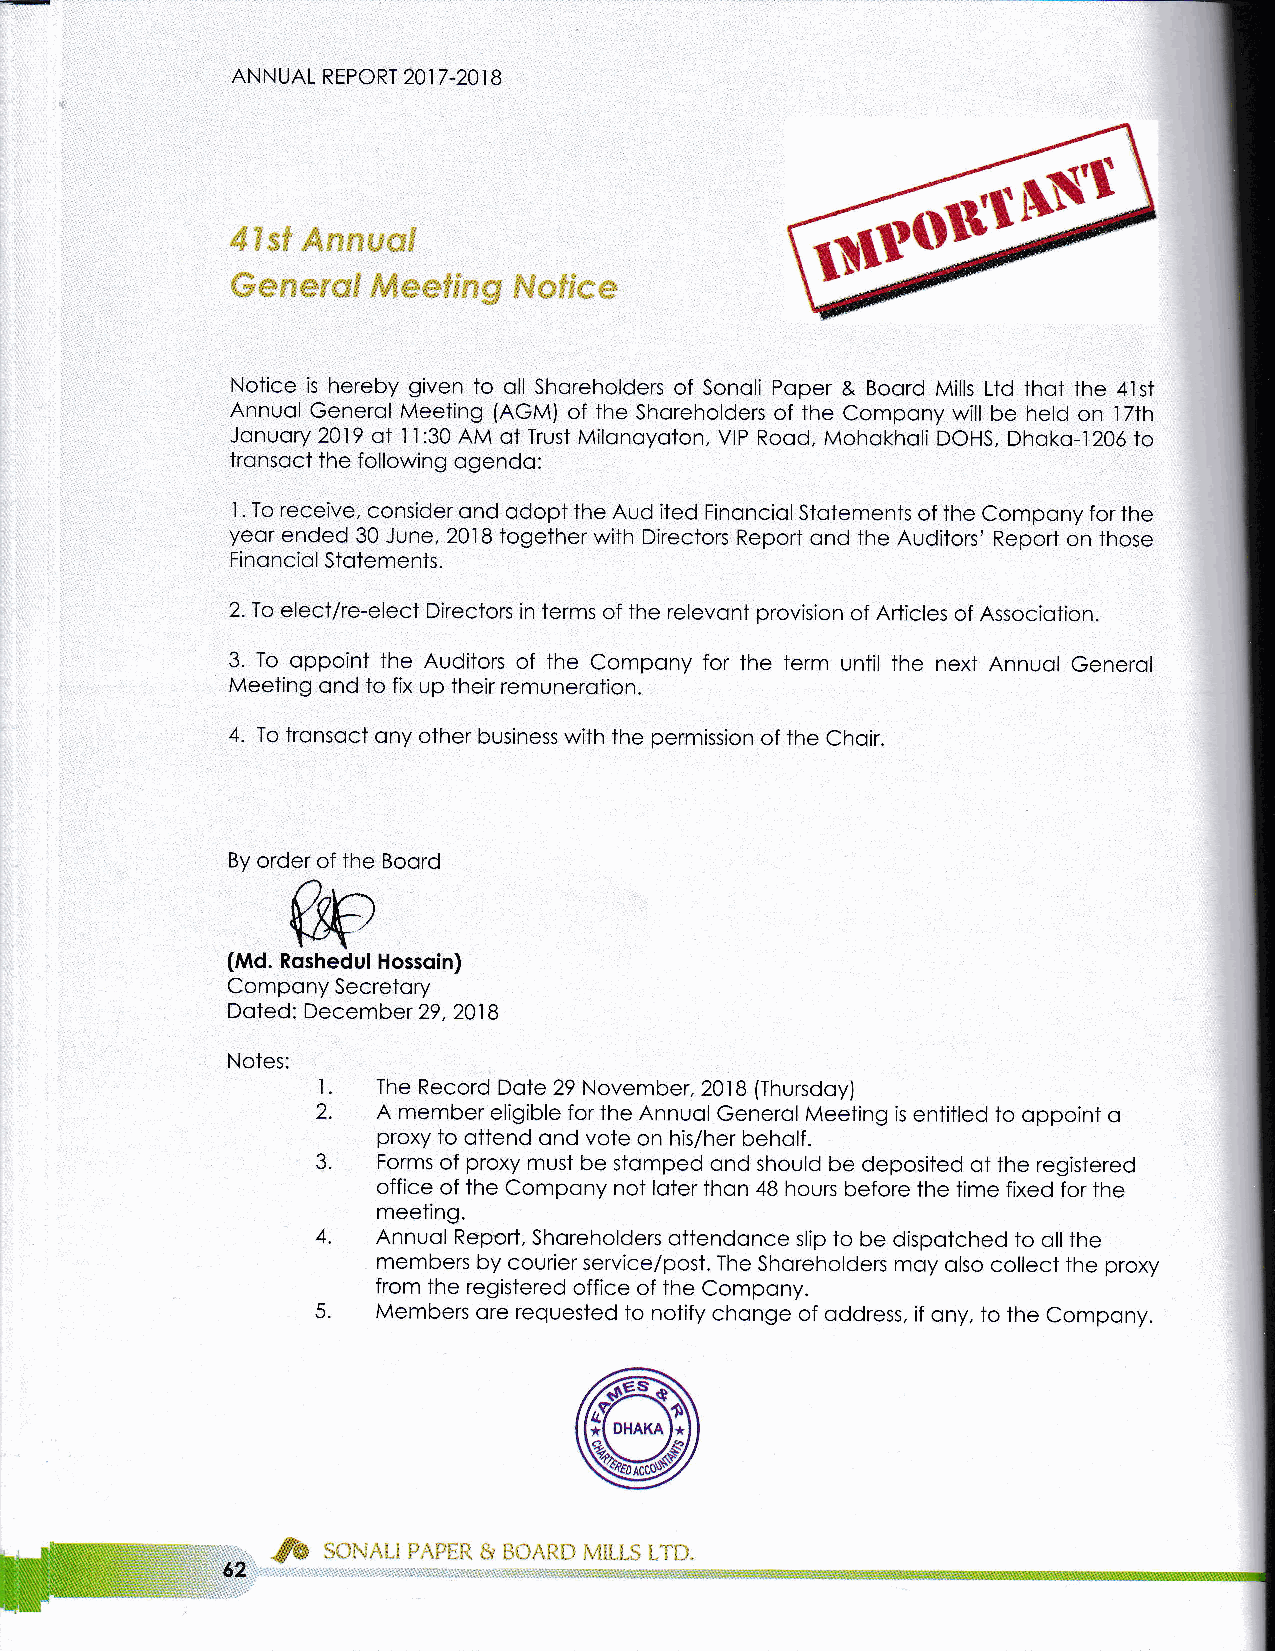
ANNUAL REPORT 2017 -201 B
 Notice is hereby given to oll Shoreholders of Sonoli Poper & Boord Mills Lfd thot the 4lst
 Annuol Generol Meeting (AGM) of the Shoreholders of the Compony will be held on lTth
 Jonuory 2019 oI I l:30 AM ot Trust Milonoyoton, VIP Rood, Mohokholi DOHS, Dhoko-t 206 to
 tronsoct the following ogendo:
 I . To receive, consider ond odopt the Aud ited Finonciol Stotements of the Compony for the
 yeor ended 30 June, 2018 together with Directors Report ond the Auditors' Report on those
 Finonciol Stotements.
 2.To electlre-elect Directors in terms of the relevonf provision of Articles of Associotion.
 3. To oppoint the Auditors of the Compony for the term until the next Annuol Generol
 Meeiing ond to fix up their remunerotion.
 4. To tronsoct ony other business wilh the permission of the Choir.
 By order of the Boord
 (Md. Roshedul Hossoin)
 Compony Secrefory
 Doted: December 29, 2018
 Notes:
 t.  The Record Dote 29 November,20lB (Thursdoy)
 2.  A member eligible for the Annuol Generol Meeting is entitled to oppoint o
 proxy to ottend ond vote on his/her beholf.
 3.  Forms of proxy must be stomped ond should be deposited of the registered
 office of the compony not loter thon 48 hours before the time fixed for the
 meeting.
 4.  Annuol Report, Shoreholders ottendonce slip to be dispotched to oll the
 members by courier service/post. The Shoreholders moy olso collect the proxy
 from the registered office of the Compony.
 5   Members ore requested to notify chonge of oddress. if ony, to the Compony.
 DHAKA
 t, : 'l   ,& t' ,:-, . t.
 Ef#1i!.4NAJiF}